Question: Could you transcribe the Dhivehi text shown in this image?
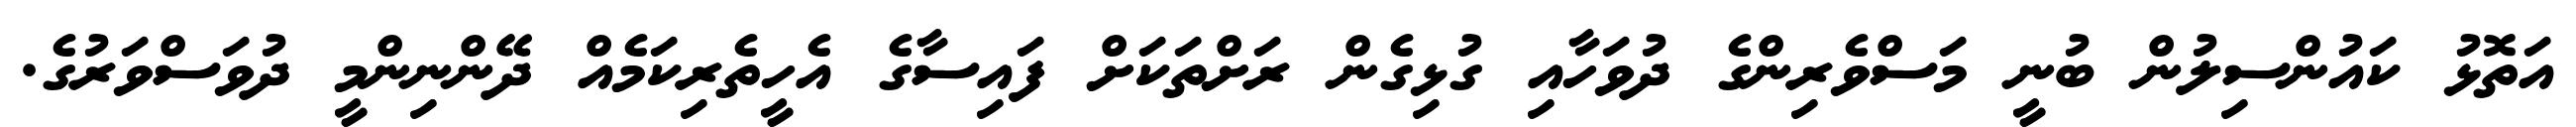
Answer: އަތޮޅު ކައުންސިލުން ބުނީ މަސްވެރިންގެ ދުވަހާއި ގުޅިގެން ރަށްތަކަށް ފައިސާގެ އެހީތެރިކަމެއް ދޭންނިންމީ ދުވަސްވަރުގެ.